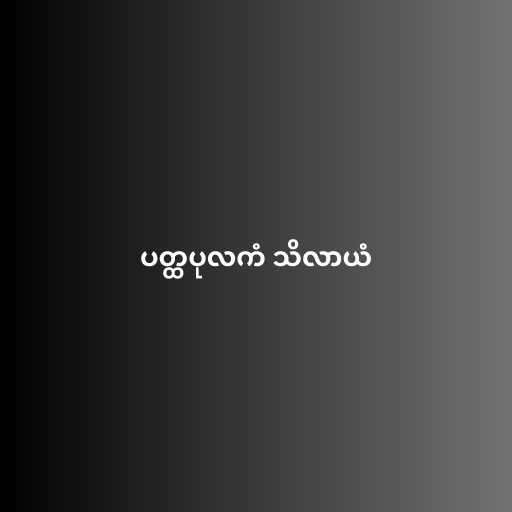
ပတ္ထပုလကံ သိလာယံ